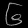
Digit: ၆